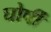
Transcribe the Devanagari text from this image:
घोर्षी